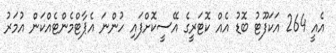
އެއީ 264 އަކަފޫޓު ބޮޑު އެއް ކޮޓަރީގެ އޭސީކޮށްފައި ހުންނަ އެޕާޓްމެންޓެއްކަން އުމަރު